Annual administration report of the Bombay Presidency - 1887-1892
Year: 1887
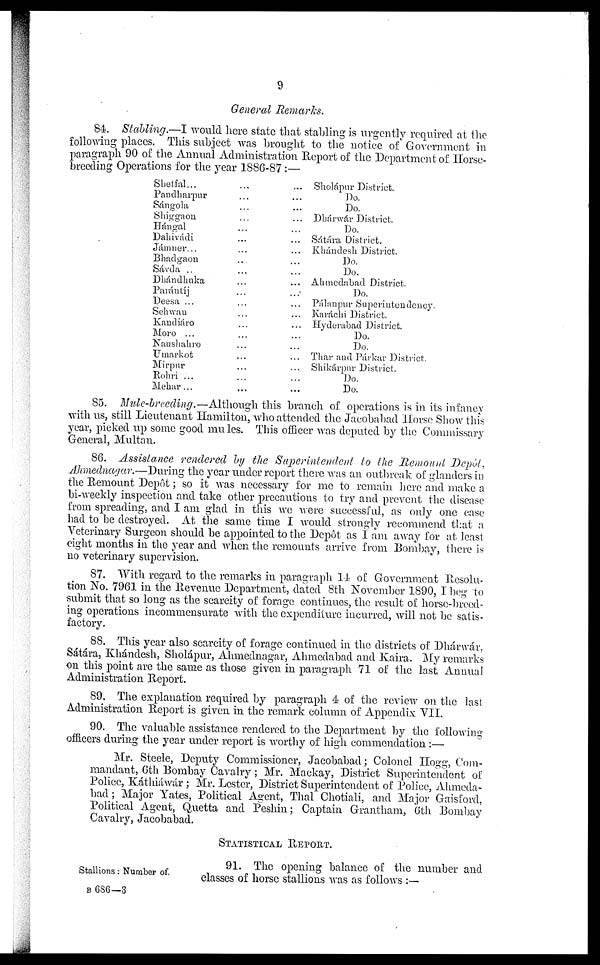
9
General Remarks.
84. Stabling.—I would here state that stabling is urgently required at the
following places. This subject was brought to the notice of Government in
paragraph 90 of the Annual Administration Report of the Department of Horse-
breeding Operations for the year 1886-87 :—
Shetfal...
Pandharpur
Sángola
Shiggaon
Hángal
Dahivádi
Jámner...
Bhadgaon
Sávda ..
Dhándhuka
Parántíj
Deesa ...
Sehwan
Kandiáro
Moro ...
Naushahro
Umarkot
Mirpur
Rohri ...
Mehar...
...
...
...
...
...
...
...
...
...
...
...
...
...
...
...
...
...
...
...
...
...
...
...
...
...
...
...
...
...
...
...
...
...
...
...
...
...
...
...
...
Sholápur District.
Do.
Do.
Dhárwár District.
Do.
Sátára District.
Khándesh District.
Do.
Do.
Ahmedabad District.
Do.
Pálanpur Superintendency.
Karáchi District.
Hyderabad District.
Do.
Do.
Thar and Párkar District.
Shikárpur District.
Do.
Do.
85. Mule-breeding.—Although
this branch of operations is in its infancy
with us, still Lieutenant Hamilton, who attended the Jacobabad Horse Show this
year, picked up some good mules. This officer was deputed by the Commissary
General, Multan.
86. Assistance rendered by the Superintendent
to the Remount Depôt,
Ahmednagar.—During the year under report there was an outbreak of glanders in
the Remount Depôt; so it was necessary for me to remain here and make a
bi-weekly inspection and take other precautions to try and prevent the disease
from spreading, and I am glad in this we were successful, as only one case
had to be destroyed. At the same time I would strongly recommend that a
Veterinary Surgeon should be appointed to the Depôt as I am away for at least
eight months in the year and when the remounts arrive from Bombay, there is
no veterinary supervision.
87. With regard to the remarks in paragraph 14 of Government Resolu-
tion No. 7961 in the Revenue Department, dated 8th November 1890, I beg to
submit that so long as the scarcity of forage continues, the result of horse-breed-
ing operations incommensurate with the expenditure incurred, will not be satis-
factory.
88. This year also scarcity of forage continued in the districts of Dhárwár.
Sátára, Khándesh, Sholápur, Ahmednagar, Ahmedabad and Kaira. My remarks
on this point are the same as those given in paragraph 71 of the last Annual
Administration Report.
89. The explanation required by paragraph 4 of the review on the last
Administration Report is given in the remark column of Appendix VII.
90. The valuable assistance rendered to the Department by the following
officers during the year under report is worthy of high commendation :—
Mr. Steele, Deputy Commissioner, Jacobabad; Colonel Hogg, Com-
mandant, 6th Bombay Cavalry; Mr. Mackay, District Superintendent of
Police, Káthiáwár ; Mr. Lester, District Superintendent of Police, Ahmeda-
bad; Major Yates, Political Agent, Thal Chotiali, and Major Gaisford,
Political Agent, Quetta and Peshin; Captain Grantham, 6th Bombay
Cavalry, Jacobabad.
STATISTICAL REPORT.
Stallions : Number of.
91. The opening balance of the number and
classes of horse stallions was as follows :—
B 686—3